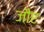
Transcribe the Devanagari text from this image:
जौए